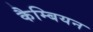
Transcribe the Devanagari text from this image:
कैम्बियन